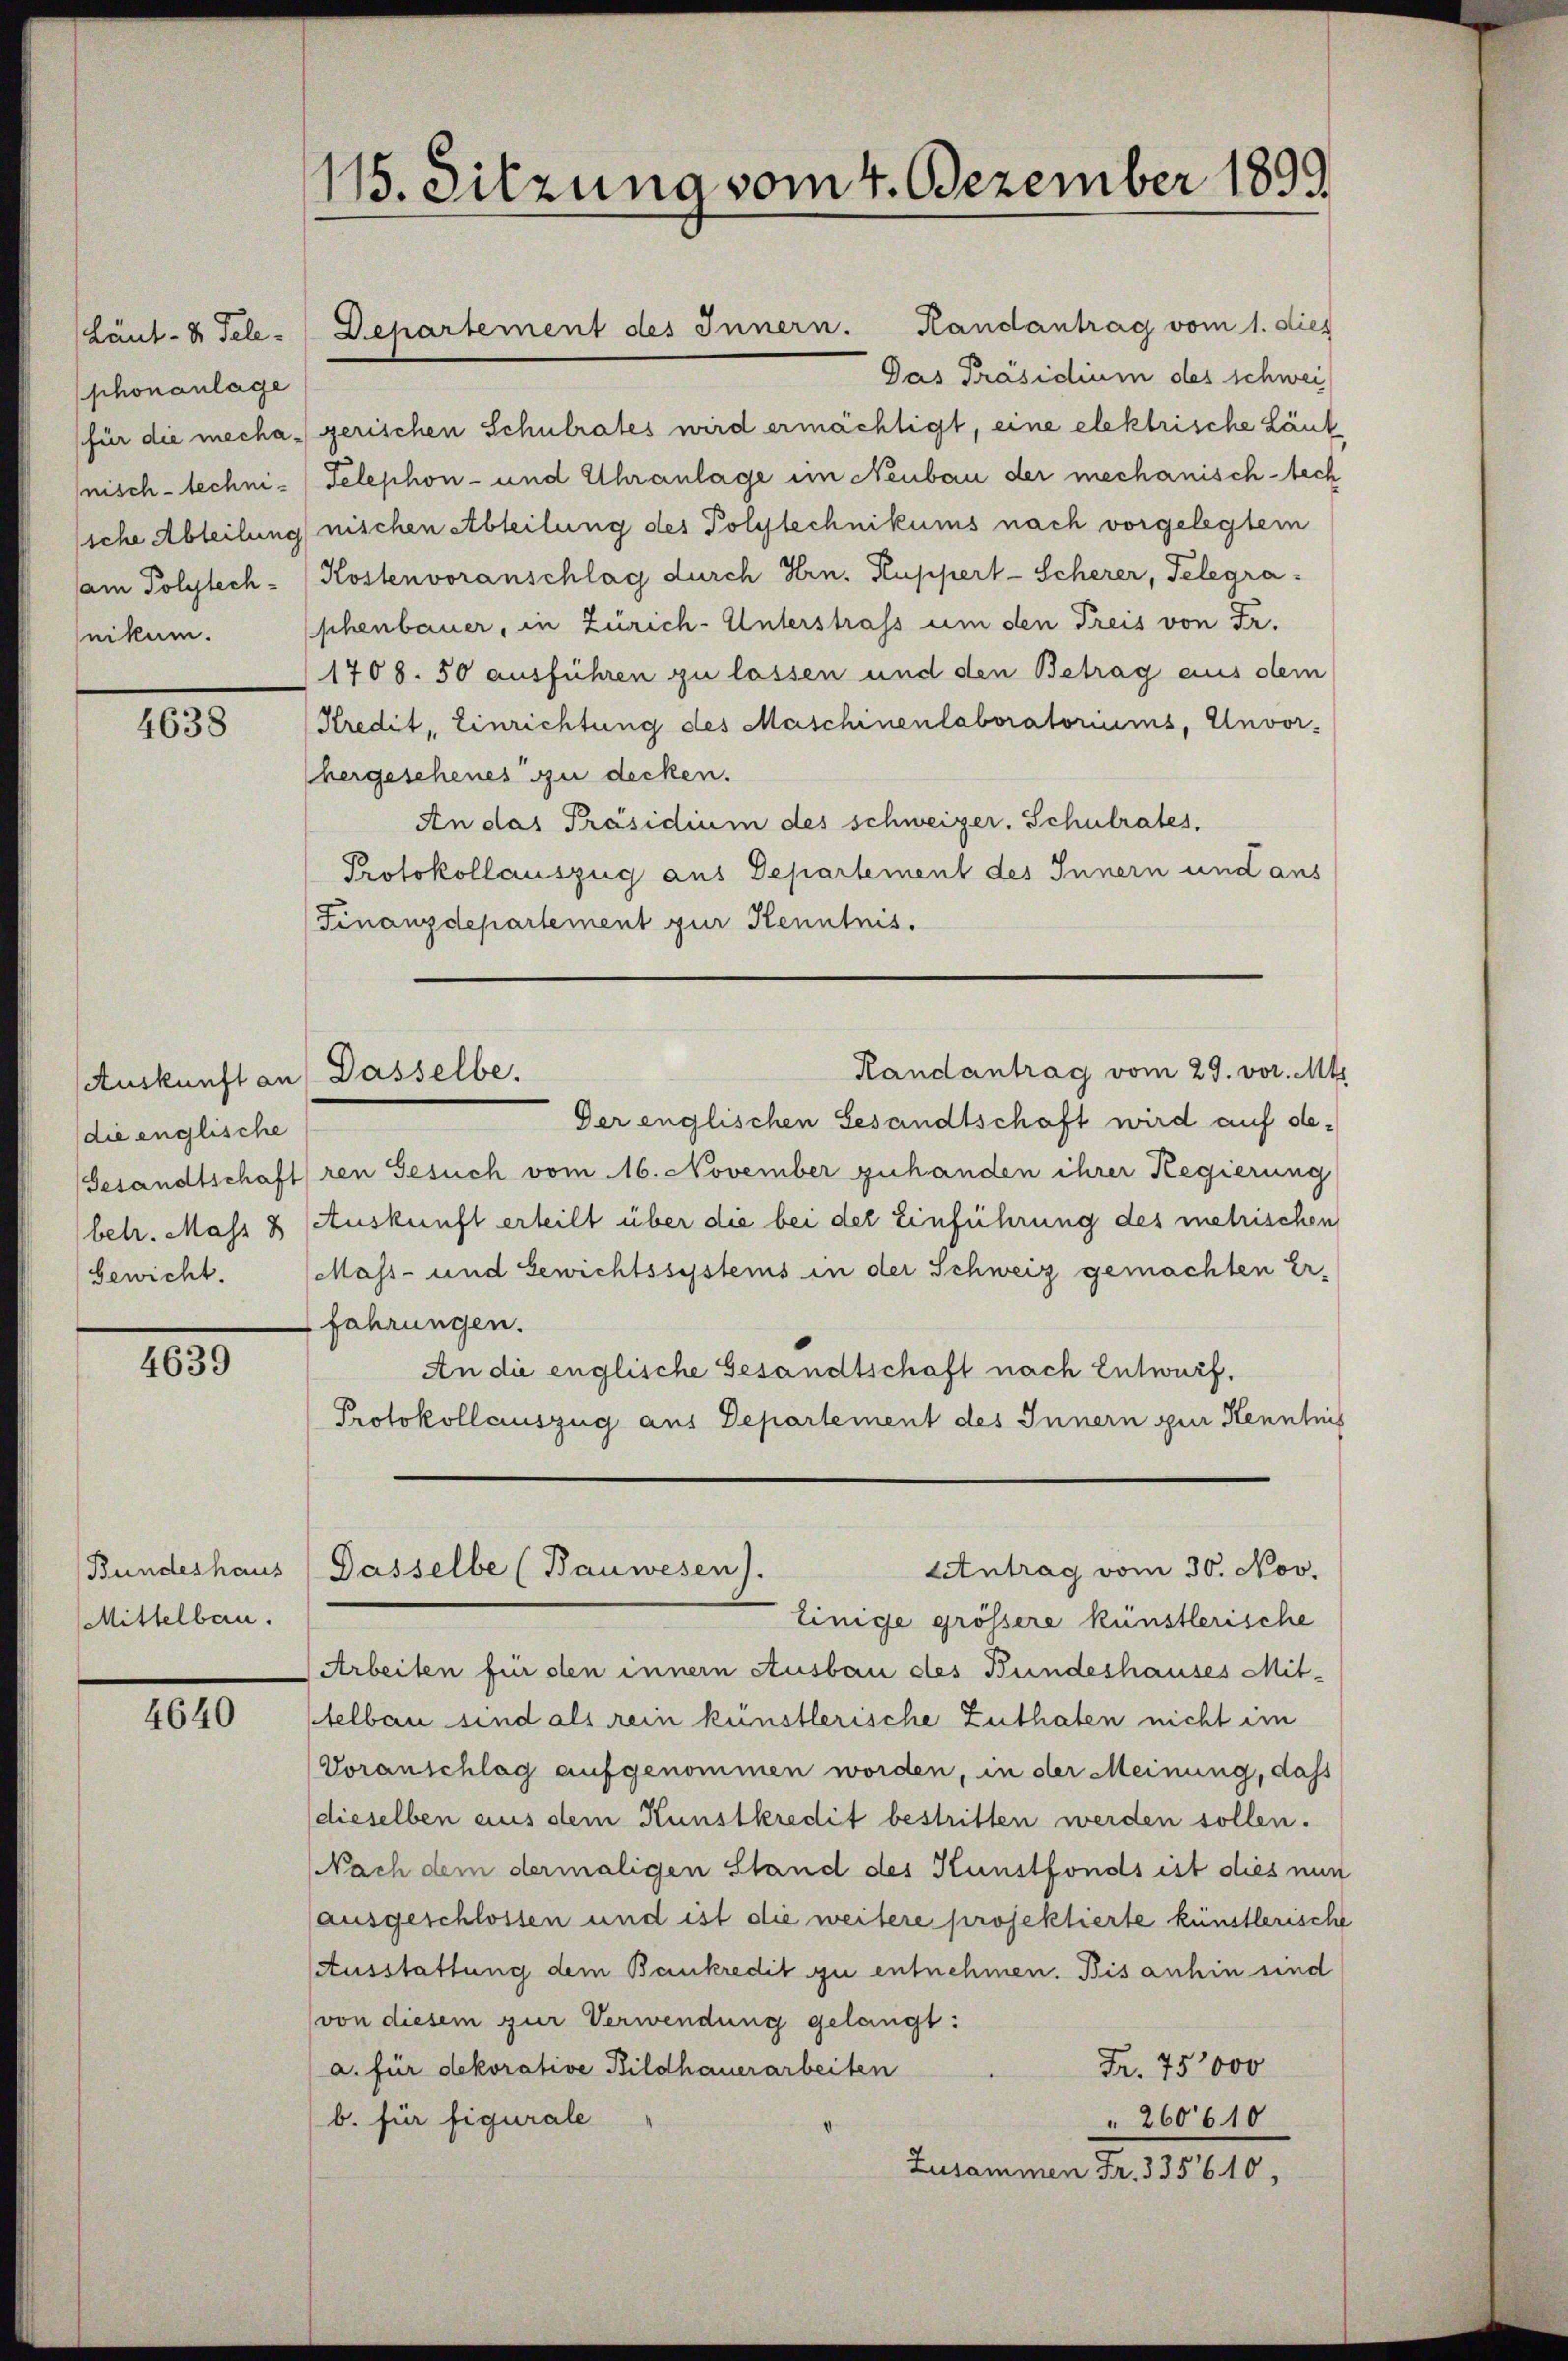
Läut- u. Telephonanlage
am Polytech-
nikum.

4638

Auskunft an) Dasselbe.
die englische
bewicht.

4639

Bundeshaus
Mittelbau.

4640

115. Sitzung vom 4. Dezember 1899

Das Präsidium des schwei
(für die mecha - gerischen Schulrates wird ermächtigt, eine elektrische Läuf
nisch-techni-Telephon- und Uhranlage im Neubau der mechanisch-tech
siche Abteilung nischen Abteilung des Polytechnikums nach vorgelegtem
Kostenvoranschlag durch Hrn. Kuppert-Scherer, Telegra-
phenbauer, in Zürich-Unterstrafs um den Preis von Fr.
1708. 50 ausführen zu lassen und den Betrag aus dem
Kredit, Einrichtung des Maschinenlaboratoriums, Unvor-
hergeschenes zu decken.
An das Präsidium des schweizer. Schulrates,
Protokollauszug aus Departement des Innern und aus
Finanzdepartement zur Kenntnis.

Der englischen Gesandtschaft wird auf de¬
Gesandtschaft ren Gesuch vom 16. November zuhanden ihrer Regierung
betr. Mass 8 Auskunft erteilt über die bei der Einführung des mehrischen
Mass- und Gewichtssystems in der Schweiz gemachten Er-
fahrungen.
An die englische Gesandtschaft nach Entwurf.
Protokollauszug aus Departement des Innern zur Kenntnis

Departement des Innern. Handantrag vom 1. dies

Einige grössere künstlerische
Arbeiten für den innern Ausbau des Bundeshauses Mit-
telbau sind als rein künstlerische Zuthaten nicht im
Voranschlag aufgenommen worden, in der Meinung, dass
dieselben aus dem Kunstkredit bestritten werden sollen.
Nach dem dermaligen Stand des Kunstfonds ist dies nun
ausgeschlossen und ist die weitere projektierte künstlerische
Ausstattung dem Bankredit zu entnehmen. Bis anhin sind
(von diesem zur Verwendung gelangt:
a. für dekorative Bildhauerarbeiten
Fr. 75000
b. für figurale
260610
Zusammen Fr. 335610,

Randantrag vom 29. vor. Mts

Etntrag vom 30. Nov.
Gasselbe (Bauwesen).